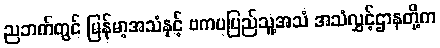
ညဘက်တွင် မြန်မာ့အသံနှင့် ဗကပပြည်သူ့အသံ အသံလွှင့်ဌာနတို့က